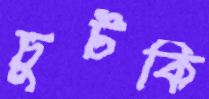
চুটকি